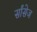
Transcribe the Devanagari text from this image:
र्सांसेज